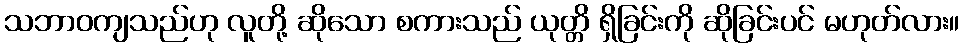
သဘာဝကျသည်ဟု လူတို့ ဆိုသော စကားသည် ယုတ္တိ ရှိခြင်းကို ဆိုခြင်းပင် မဟုတ်လား။